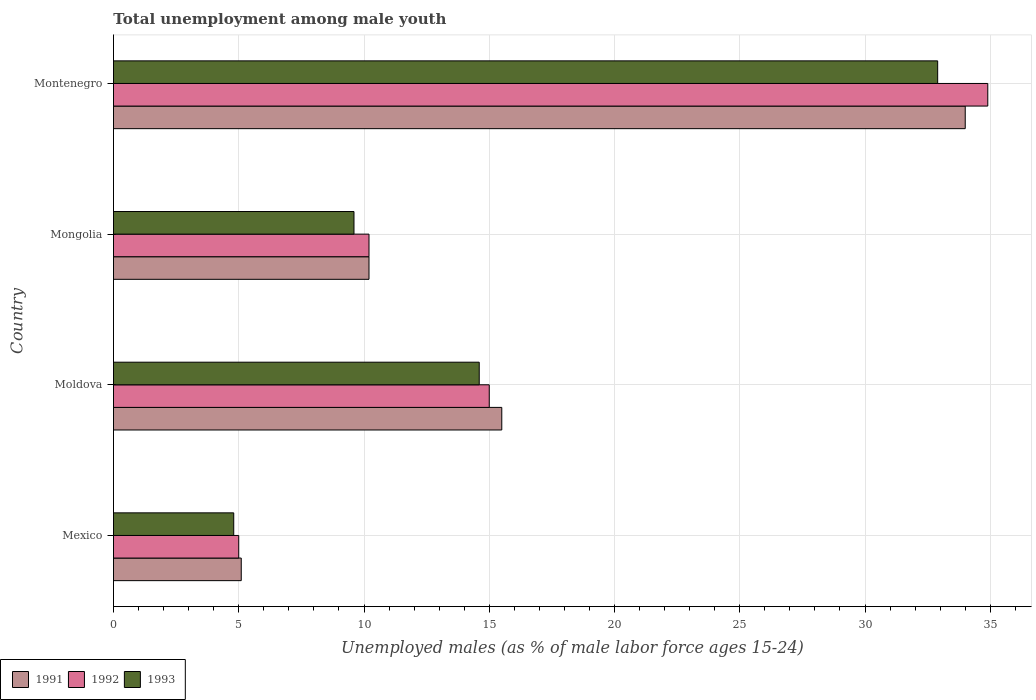
| Country | 1991 | 1992 | 1993 |
 | --- | --- | --- | --- |
 | Mexico | 5.1 | 5 | 4.8 |
 | Moldova | 15.5 | 15 | 14.6 |
 | Mongolia | 10.2 | 10.2 | 9.6 |
 | Montenegro | 34 | 34.9 | 32.9 |